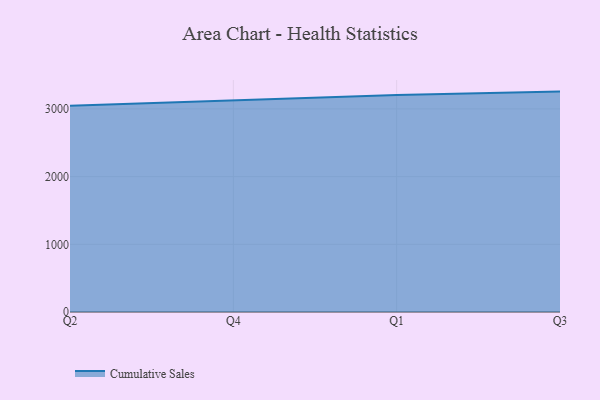
{"axis": {"x": "Quarter", "y": "Demand Index"}, "legend": ["Cumulative Sales"], "data": [{"x": "Q2", "y": 3047.6, "type": "Cumulative Sales"}, {"x": "Q4", "y": 3123.5, "type": "Cumulative Sales"}, {"x": "Q1", "y": 3206.3, "type": "Cumulative Sales"}, {"x": "Q3", "y": 3255.8, "type": "Cumulative Sales"}]}